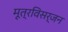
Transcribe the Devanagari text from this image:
मूत्रविसर्जन